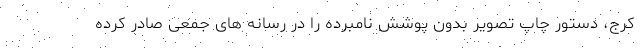
کرج، دستور چاپ تصویر بدون پوشش نامبرده را در رسانه های جمعی صادر کرده